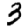
Digit: 3